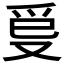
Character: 𤓿